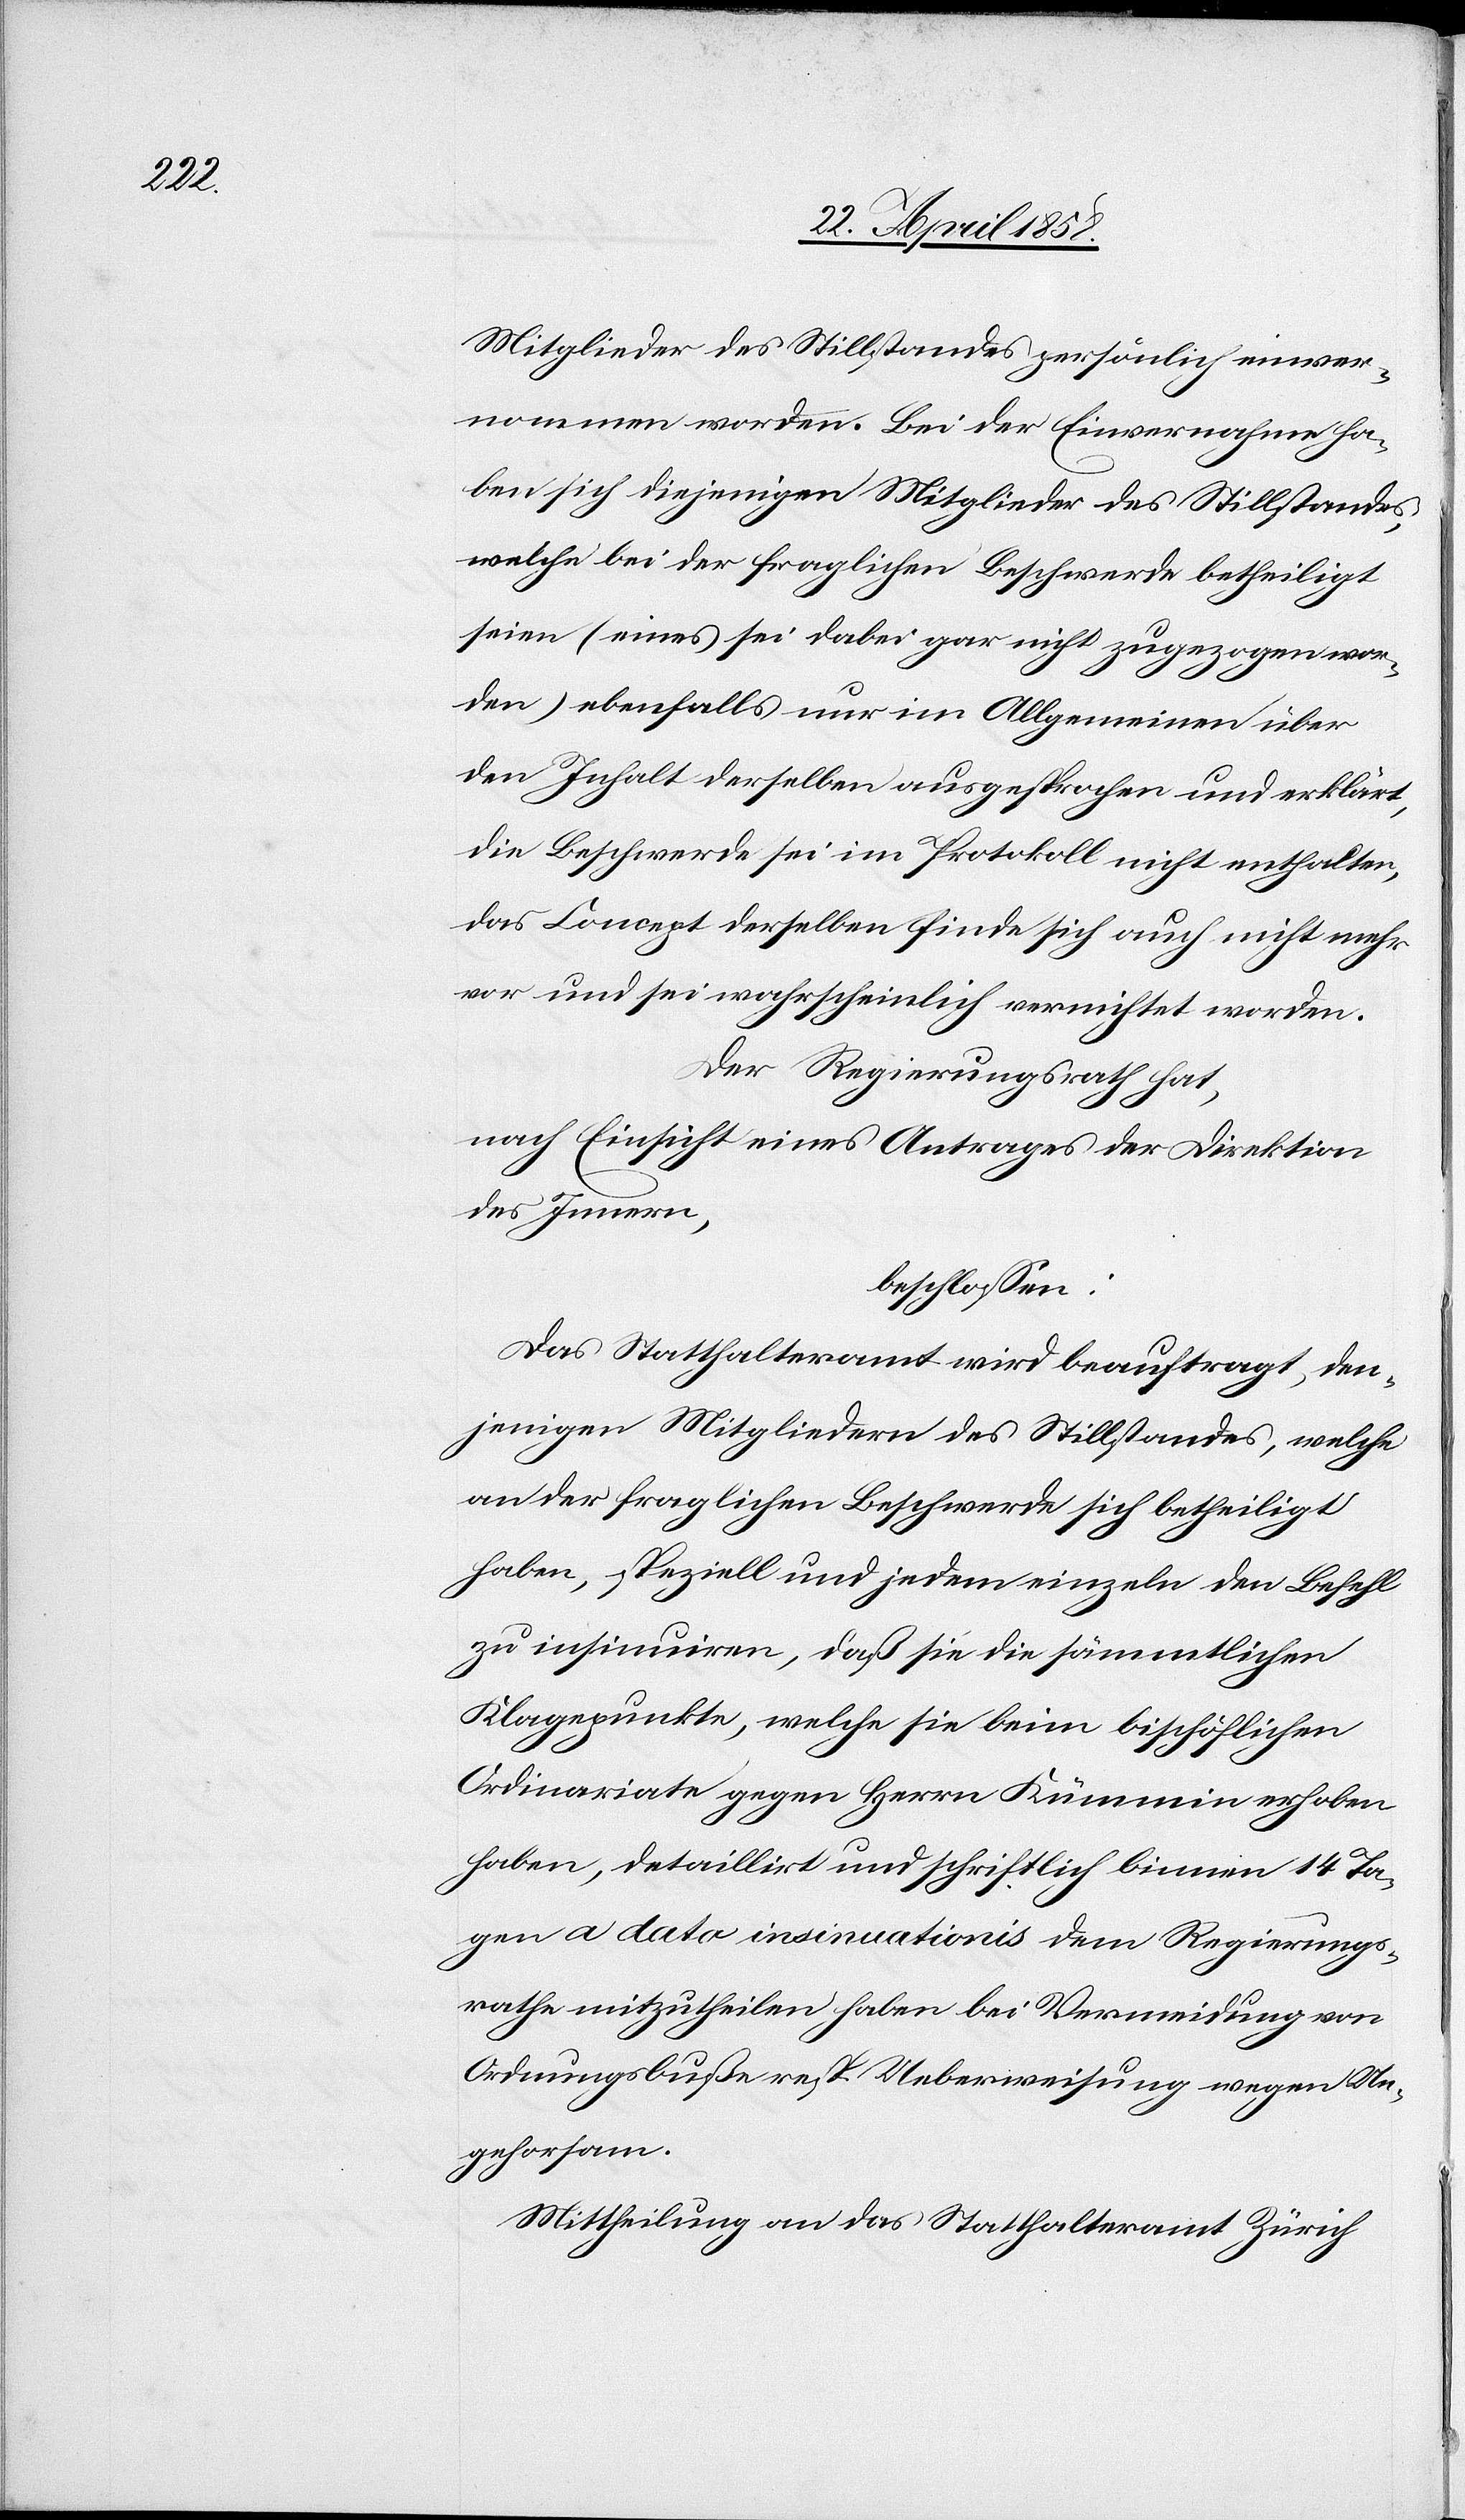
Mitglieder des Stillstandes persönlich einver¬
nommen worden. Bei der Einvernahme ha¬
ben sich diejenigen Mitglieder des Stillstandes,
welche bei der fraglichen Beschwerde betheiligt
seien (eines sei dabei gar nicht zugezogen wor¬
den) ebenfalls nur im Allgemeinen über
den Inhalt derselben ausgesprochen und erklärt,
die Beschwerde sei im Protokoll nicht enthalten,
das Concept derselben finde sich auch nicht mehr
vor und sei wahrscheinlich vernichtet worden.
Der Regierungsrath hat,
nach Einsicht eines Antrages der Direktion
des Innern,
beschlossen:
Das Statthalteramt wird beauftragt, den¬
jenigen Mitgliedern des Stillstandes, welche
an der fraglichen Beschwerde sich betheiligt
haben, speziell und jedem einzeln den Befehl
zu insinuiren, daß sie die sämmtlichen
Klagepunkte, welche sie beim bischöflichen
Ordinariate gegen Herrn Kümmin erhoben
haben, detaillirt und schriftlich binnen 14 Ta¬
gen a dato insinuationis dem Regierungs¬
rathe mitzutheilen haben bei Vermeidung von
Ordnungsbuße resp. Ueberweisung wegen Un¬
gehorsam.
Mittheilung an das Statthalteramt Zürich